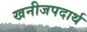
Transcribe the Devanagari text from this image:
खनीजपदार्थ